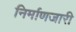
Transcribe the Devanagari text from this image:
निर्माणजारी